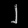
Digit: ၂